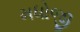
મધોજી